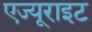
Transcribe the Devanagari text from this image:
एज्यूराइट